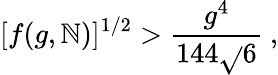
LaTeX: [f(g,\mathbb{N})]^{1/2}>{\frac{{g^{4}}}{{144\sqrt{}{{6}}}}}~,